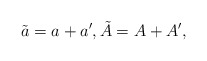
\begin{align*}\tilde{a}= a + a', \tilde{A}= A +A',\end{align*}